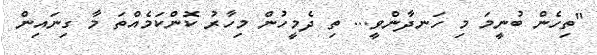
"ތިހެން ބުނީމަ މި ހަނދާންވީ... ތި ދެމީހުން މިހާރު ކޮންކަމެއްތަ މާ ގިނައިން